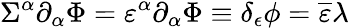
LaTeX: \Sigma^{\alpha}\partial_{\alpha}\Phi=\varepsilon^{\alpha}\partial_{\alpha}{\Phi}\equiv\delta_{\epsilon}\phi={\overline{{\varepsilon}}}\lambda